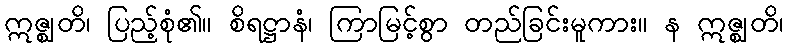
ဣဇ္ဈတိ၊ ပြည့်စုံ၏။ စိရဋ္ဌာနံ၊ ကြာမြင့်စွာ တည်ခြင်းမူကား။ န ဣဇ္ဈတိ၊